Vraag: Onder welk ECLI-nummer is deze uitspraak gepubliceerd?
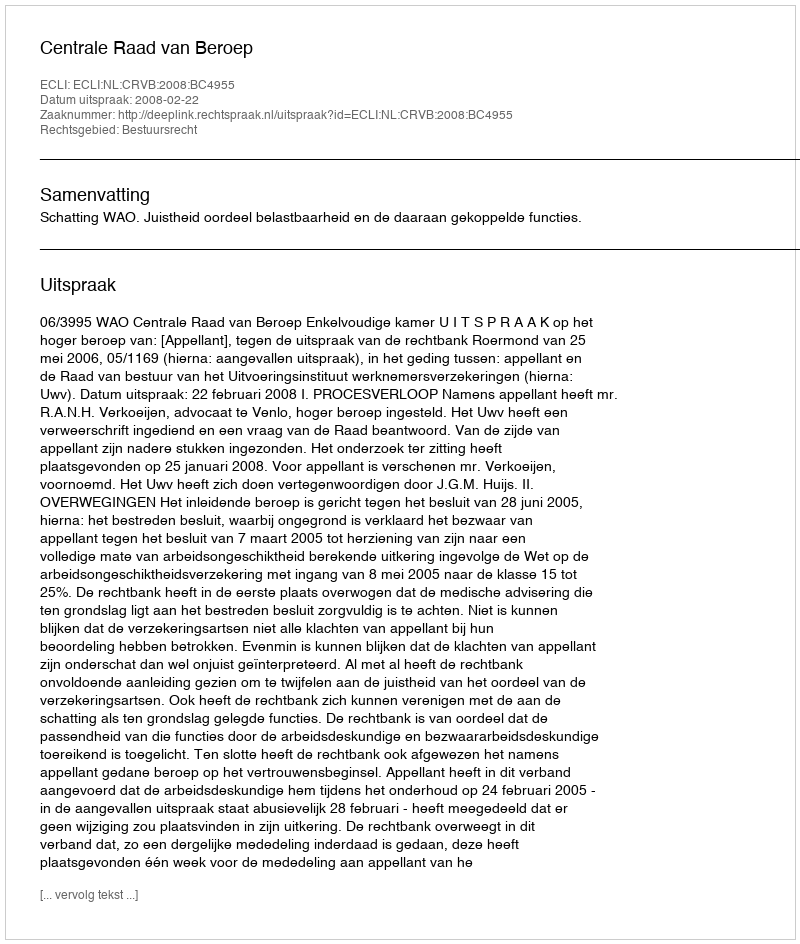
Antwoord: ECLI:NL:CRVB:2008:BC4955